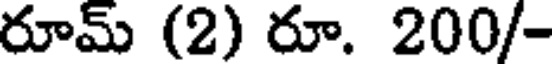
రూమ్ (2) రూ. 200/-